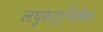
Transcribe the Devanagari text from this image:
लघुरुद्राभिषेक